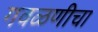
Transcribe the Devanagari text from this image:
गवळणीचा